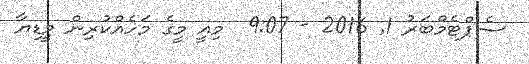
ސެޕްޓެމްބަރު 1